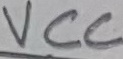
Text: VCC